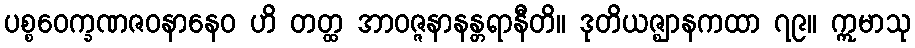
ပစ္စဝေက္ခဏဇဝနာနေဝ ဟိ တတ္ထ အာဝဇ္ဇနာနန္တရာနီတိ။ ဒုတိယဇ္ဈာနကထာ ၇၉။ ဣမာသု